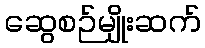
ဆွေစဉ်မျိုးဆက်